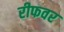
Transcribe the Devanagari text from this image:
रीफवर